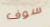
سوف